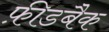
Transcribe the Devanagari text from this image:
फ़ीडबैक